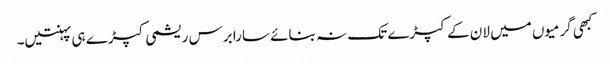
کبھی گرمیوں میں لان کے کپڑے تک نہ بنائے سارا برس ریشمی کپڑے ہی پہنتیں۔